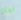
فعل